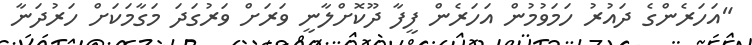
"އަހަރެންގެ ދައުރު ހަމަވުމުން އަހަރެން ފީފާ ދޫކޮށްލާނީ ވަރަށް ވަރުގަދަ މަގާމަކަށް ހަރުދަނާ